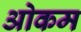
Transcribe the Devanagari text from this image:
ओकम